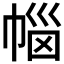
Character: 𭘥